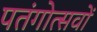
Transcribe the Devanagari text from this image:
पतंगोत्सवों